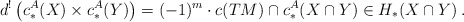
\begin{align*} d^!\left( c^A_*(X) \times c^A_*(Y) \right) = (-1)^{m}\cdot c(TM)\cap c^A_*(X\cap Y) \in H_*(X\cap Y)\:. \end{align*}